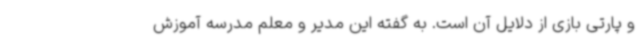
و پارتی بازی از دلایل آن است. به گفته این مدیر و معلم مدرسه آموزش